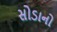
સોડાનો